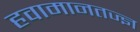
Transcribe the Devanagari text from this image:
हवामानतज्ज्ञ